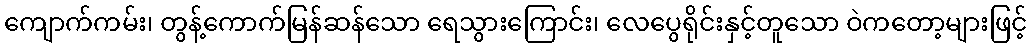
ကျောက်ကမ်း၊ တွန့်ကောက်မြန်ဆန်သော ရေသွားကြောင်း၊ လေပွေရိုင်းနှင့်တူသော ဝဲကတော့များဖြင့်